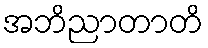
အဘိညာတာတိ